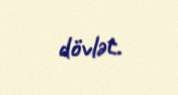
dövlət.